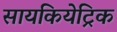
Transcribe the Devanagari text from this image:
सायकियेट्रिक